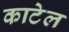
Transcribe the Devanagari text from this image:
काटेल